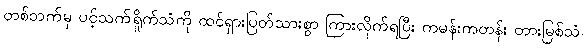
တစ်ဘက်မှ ပင့်သက်ရှိုက်သံကို ထင်ရှားပြတ်သားစွာ ကြားလိုက်ရပြီး ကမန်းကတန်း တားမြစ်သံ